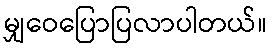
မျှဝေပြောပြလာပါတယ်။